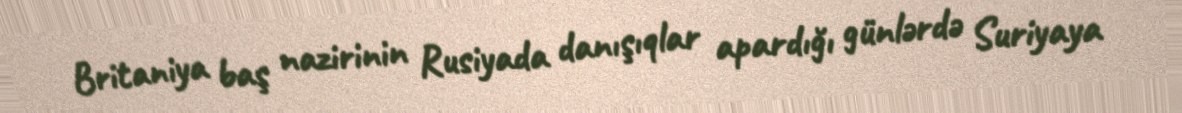
Britaniya baş nazirinin Rusiyada danışıqlar apardığı günlərdə Suriyaya